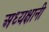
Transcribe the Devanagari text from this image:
अध्यक्षानी